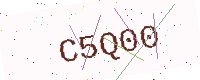
Text: C5Q00